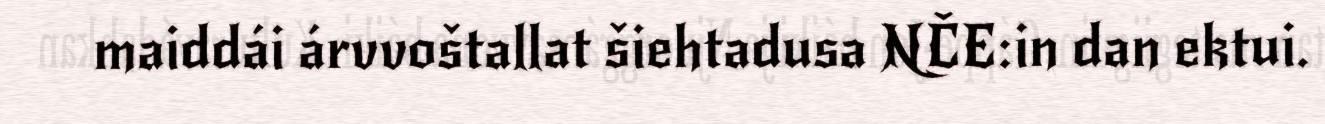
maiddái árvvoštallat šiehtadusa NČE:in dan ektui.